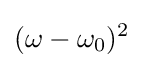
(\omega -\omega _{0})^{2}